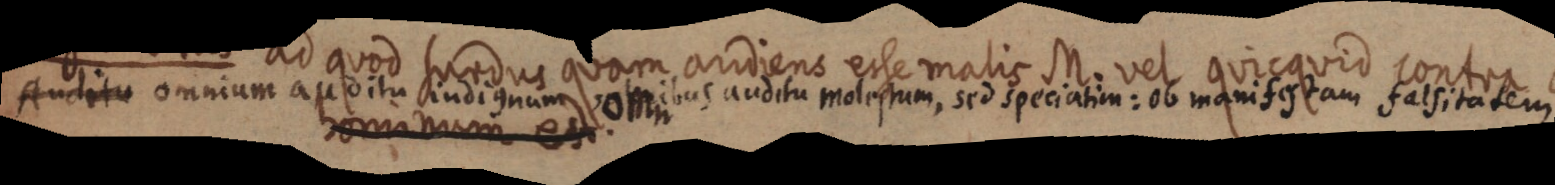
adium onmm apoa tenin oti iitu nd sum nio qu den im asitotu sdetuau